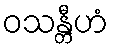
ဝသန္တီဟံ